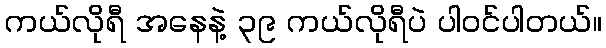
ကယ်လိုရီ အနေနဲ့ ၃၉ ကယ်လိုရီပဲ ပါ၀င်ပါတယ်။